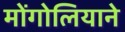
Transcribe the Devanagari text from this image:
मोंगोलियाने